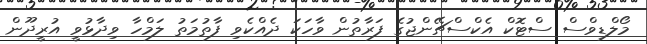
މޯލްޑިވްސް ސްޓޮކް އެކްސްޗޭންޖުގެ ފަރާތުން ވާހަކަ ދެއްކެވި ފާތުމަތު ލަމްހާ ވިދާޅުވީ އުރީދޫން